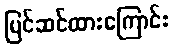
ပြင်ဆင်ထားကြောင်း